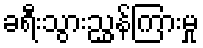
ခရီးသွားညွှန်ကြားမှု